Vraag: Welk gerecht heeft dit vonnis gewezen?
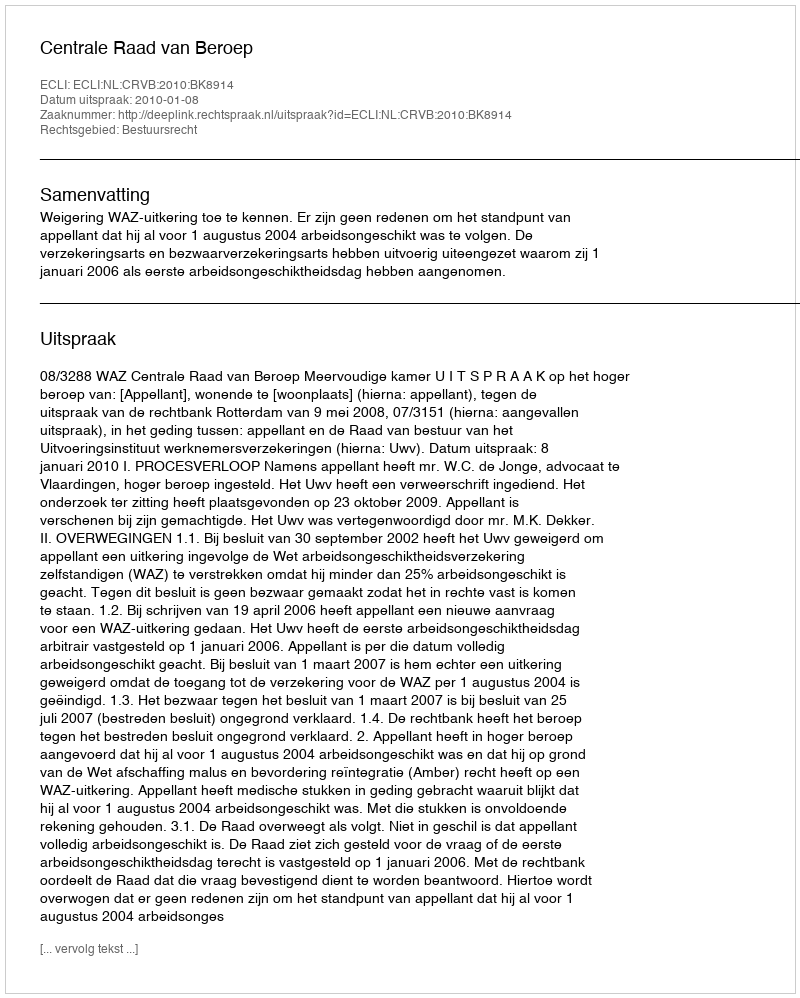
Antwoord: Centrale Raad van Beroep